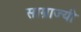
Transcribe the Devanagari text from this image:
साम्राज्यी